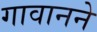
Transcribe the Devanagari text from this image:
गावानने